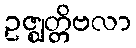
ဥဇ္ဈတ္တိဗလာ